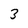
Character: 3